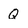
Character: Q